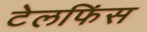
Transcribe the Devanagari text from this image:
टेलफिंस